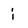
Character: i